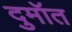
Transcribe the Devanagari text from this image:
दुमॉत